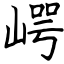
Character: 崿